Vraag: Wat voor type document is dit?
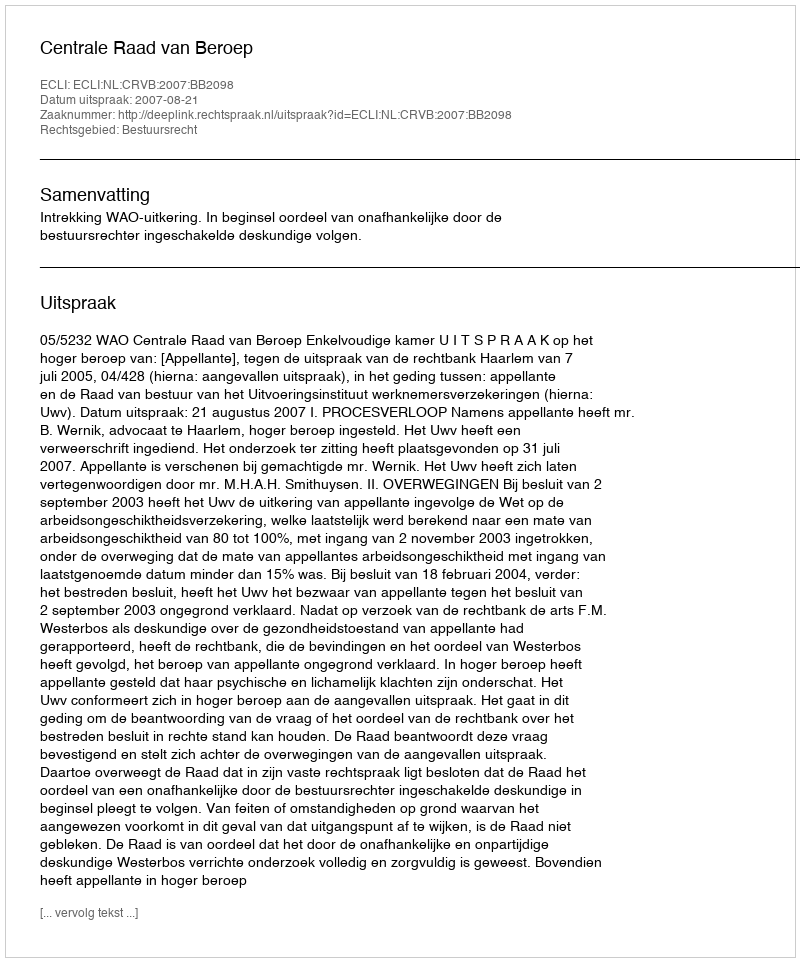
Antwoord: Uitspraak